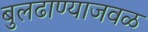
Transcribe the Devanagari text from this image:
बुलढाण्याजवळ